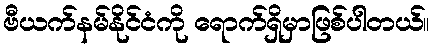
ဗီယက်နမ်နိုင်ငံကို ရောက်ရှိမှာဖြစ်ပါတယ်။